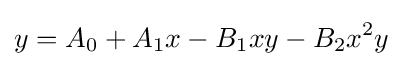
y=A_{0}+A_{1}x-B_{1}xy-B_{2}x^{2}y